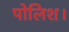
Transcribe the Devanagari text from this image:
पोलिश।